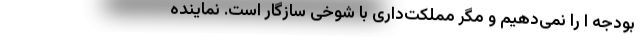
بودجه ‌ا را نمی‌دهیم و مگر مملکت‌داری با شوخی سازگار است. نماینده